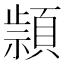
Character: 𰨔